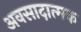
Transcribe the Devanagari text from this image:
अवसादात्मक